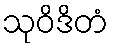
သုဝိဒိတံ